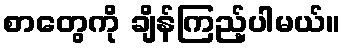
စာတွေကို ချိန်ကြည့်ပါမယ်။